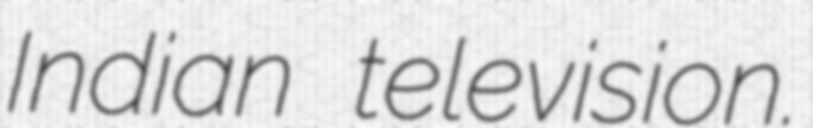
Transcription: Indian television.